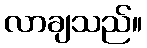
လာချသည်။